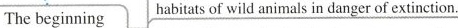
The beginning habitats of wild animals in danger of extinction.